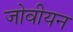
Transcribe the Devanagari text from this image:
जोवीयन